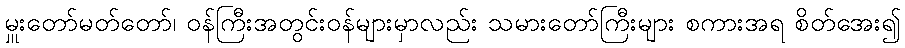
မှူးတော်မတ်တော်၊ ဝန်ကြီးအတွင်းဝန်များမှာလည်း သမားတော်ကြီးများ စကားအရ စိတ်အေး၍